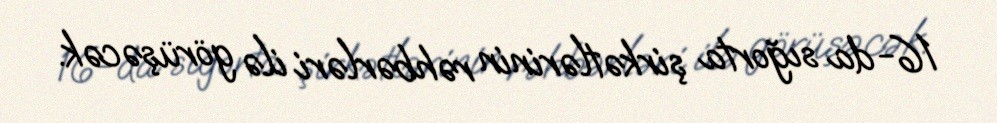
16-da sığorta şirkətlərinin rəhbərləri ilə görüşəcək.